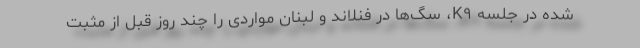
شده در جلسه K۹، سگ‌ها در فنلاند و لبنان مواردی را چند روز قبل از مثبت